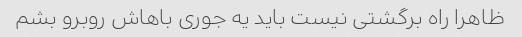
ظاهرا راه برگشتی نیست باید یه جوری باهاش ​​روبرو بشم